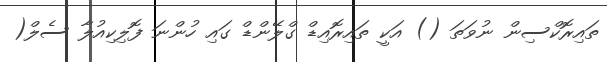
ތައިރޮކްސިން ނުވަތަ () އަކީ ތައިރޮއިޑް ގްލޭންޑް ގައި ހުންނަ ފޮލިކިއުލާ ސެލް(